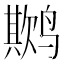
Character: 𬸨